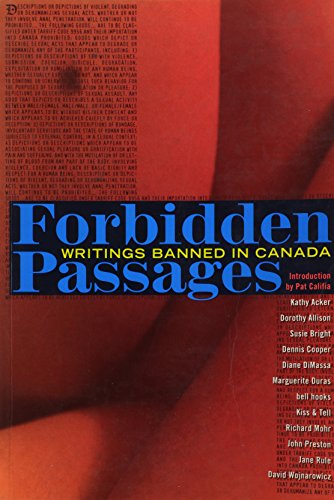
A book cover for Forbidden Passages: Writings Banned in Canada; Romance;